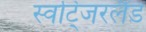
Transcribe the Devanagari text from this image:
स्वटि्जरलैंड